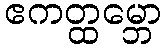
ဧကတ္ထမ္ဘော